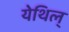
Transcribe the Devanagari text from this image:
येथिल्